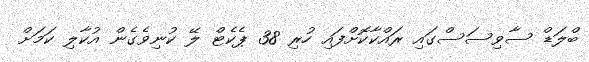
ބްލަޑް ސާވިސަސްގައި ރައްކާކޮށްފައި ހުރި 38 ޕެކެޓް ލޭ ކުނިވެގެން އުކާލި ކަމަށް